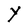
Character: Y